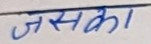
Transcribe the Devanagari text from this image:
जसका